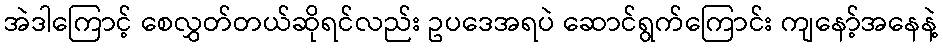
အဲဒါကြောင့် စေလွှတ်တယ်ဆိုရင်လည်း ဥပဒေအရပဲ ဆောင်ရွက်ကြောင်း ကျနော့်အနေနဲ့